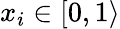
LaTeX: x_{i}\in[0,1\rangle